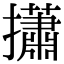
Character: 𢸳